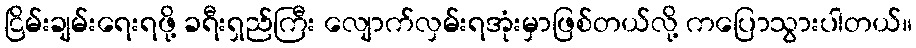
ငြိမ်းချမ်းရေးရဖို့ ခရီးရှည်ကြီး လျောက်လှမ်းရအုံးမှာဖြစ်တယ်လို့ ကပြောသွားပါတယ်။